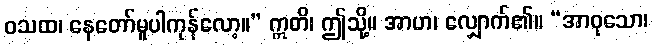
ဝသထ၊ နေတော်မူပါကုန်လော့။” ဣတိ၊ ဤသို့။ အာဟ၊ လျှောက်၏။ “အာဝုသော၊